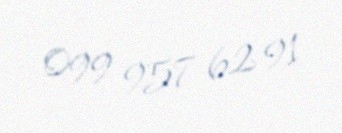
099 957 62 91